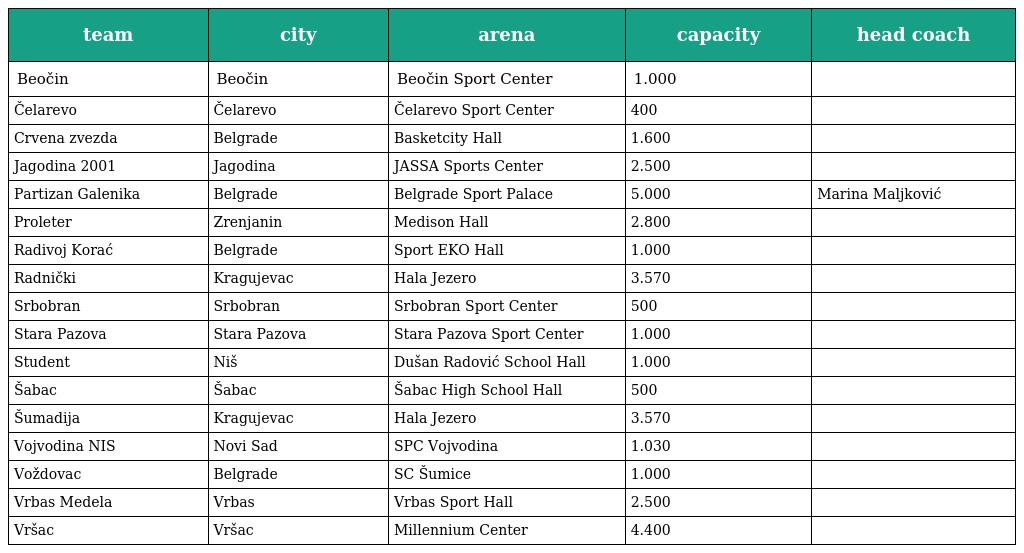
| team | city | arena | capacity | head coach |
 | --- | --- | --- | --- | --- |
 | Beočin | Beočin | Beočin Sport Center | 1.000 |  |
 | Čelarevo | Čelarevo | Čelarevo Sport Center | 400 |  |
 | Crvena zvezda | Belgrade | Basketcity Hall | 1.600 |  |
 | Jagodina 2001 | Jagodina | JASSA Sports Center | 2.500 |  |
 | Partizan Galenika | Belgrade | Belgrade Sport Palace | 5.000 | Marina Maljković |
 | Proleter | Zrenjanin | Medison Hall | 2.800 |  |
 | Radivoj Korać | Belgrade | Sport EKO Hall | 1.000 |  |
 | Radnički | Kragujevac | Hala Jezero | 3.570 |  |
 | Srbobran | Srbobran | Srbobran Sport Center | 500 |  |
 | Stara Pazova | Stara Pazova | Stara Pazova Sport Center | 1.000 |  |
 | Student | Niš | Dušan Radović School Hall | 1.000 |  |
 | Šabac | Šabac | Šabac High School Hall | 500 |  |
 | Šumadija | Kragujevac | Hala Jezero | 3.570 |  |
 | Vojvodina NIS | Novi Sad | SPC Vojvodina | 1.030 |  |
 | Voždovac | Belgrade | SC Šumice | 1.000 |  |
 | Vrbas Medela | Vrbas | Vrbas Sport Hall | 2.500 |  |
 | Vršac | Vršac | Millennium Center | 4.400 |  |